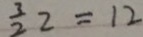
\frac { 3 } { 2 } 2 = 1 2